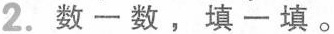
2.数一数，填一填。